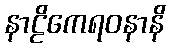
နာဠိကေရဝနာနိ